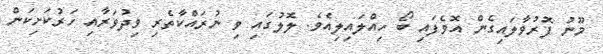
މޫނު ފޮރުވާލައިގެން އޮވެފައި ބޯ ހިއްލައިލިއެވެ. ލޮލުގައި ވި ނުރައްކާތެރި ވިދުވަރާއި ހަރުކަށިކަން